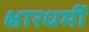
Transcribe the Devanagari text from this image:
क्षारधर्मी